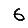
Digit: 6